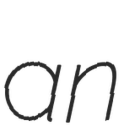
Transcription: an